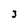
Character: 3